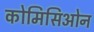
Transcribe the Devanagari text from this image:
कोमिसिओन